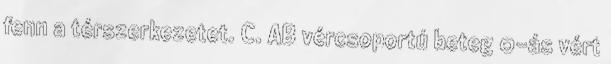
fenn a térszerkezetet. C. AB vércsoportú beteg 0-ás vért